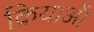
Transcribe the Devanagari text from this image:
क्रियाआें